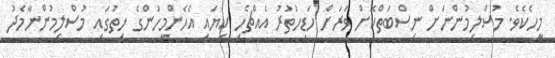
މީހެކެވެ. މުސްލިމުންނަށް ނިސްބަތްކޮށް ވަރަށް ހަޑިހުތުރު އެއްޗެހި ކިޔައި އެހެންމީހުންގެ ހިތުގައި މުސްލިމުންނާމެދު